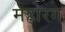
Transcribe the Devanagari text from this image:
महोरग